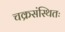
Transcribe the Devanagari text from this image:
चक्रसंस्थितः